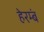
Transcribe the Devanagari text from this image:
हेरम्बं